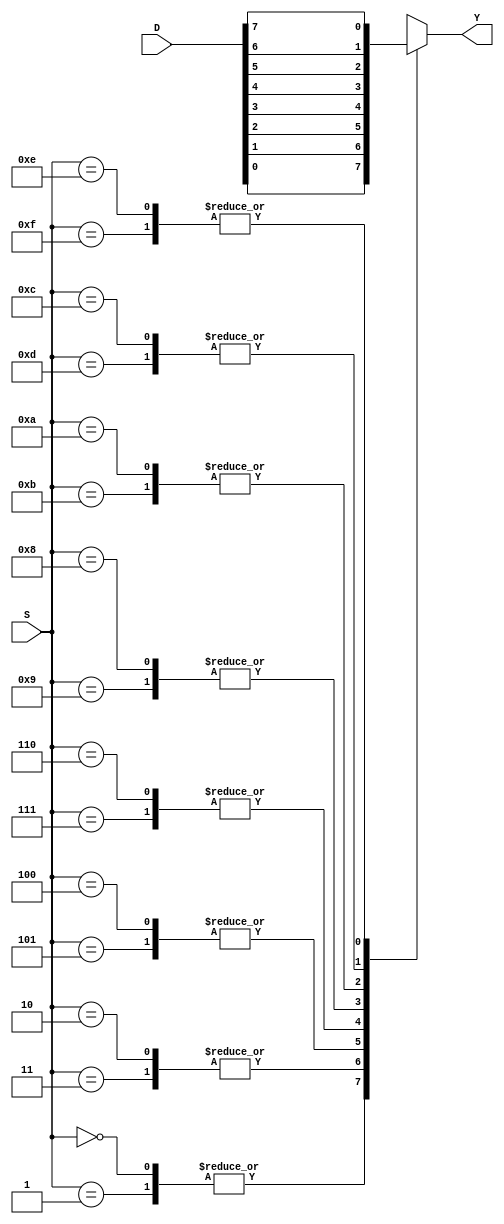
module mux (D, S, Y);
 	input  [7:0] D;
 	input  [3:0] S;
 	output Y;

reg Y;
wire[3:0] S;
wire[7:0] D;

always @*
     begin
        case( S )
            0,1 : Y = D[0];
            2,3 : Y = D[1];
            4,5 : Y = D[2];
            6,7 : Y = D[3];
            8,9 : Y = D[4];
            10,11 : Y = D[5];
            12,13 : Y = D[6];
            14,15 : Y = D[7];
            default: Y = 1'bx;
        endcase
     end

endmodule

module mux4 ( S, D, Y );

input[1:0] S;
input[3:0] D;
output Y;

reg Y;
wire[1:0] S;
wire[3:0] D;

always @*
    if (S != 0) Y <= D[0];
    else if (S != 1) Y <= D[1];
    else if (S != 2) Y <= D[2];
    else if (S != 3) Y <= D[3];
    else Y <= 1'bx;

endmodule